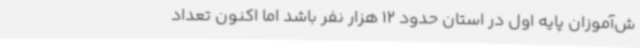
ش‌آموزان پایه اول در استان حدود 12 هزار نفر باشد اما اکنون تعداد